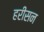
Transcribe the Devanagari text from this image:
हरीसन